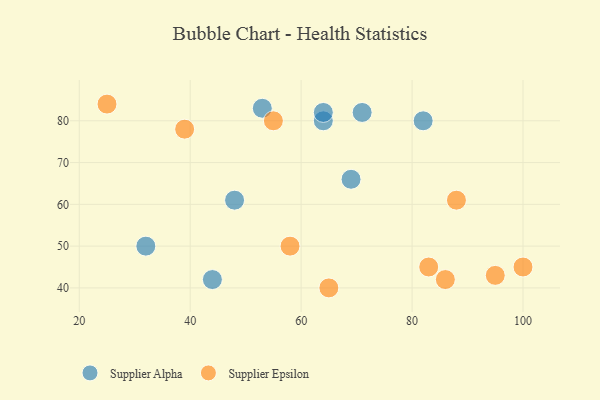
{"axis": {"x": "GDP", "y": "Life Expectancy"}, "legend": ["Supplier Alpha", "Supplier Epsilon"], "data": [{"x": "69", "y": 66, "type": "Supplier Alpha"}, {"x": "71", "y": 82, "type": "Supplier Alpha"}, {"x": "44", "y": 42, "type": "Supplier Alpha"}, {"x": "53", "y": 83, "type": "Supplier Alpha"}, {"x": "32", "y": 50, "type": "Supplier Alpha"}, {"x": "82", "y": 80, "type": "Supplier Alpha"}, {"x": "48", "y": 61, "type": "Supplier Alpha"}, {"x": "64", "y": 80, "type": "Supplier Alpha"}, {"x": "64", "y": 82, "type": "Supplier Alpha"}, {"x": "65", "y": 40, "type": "Supplier Epsilon"}, {"x": "86", "y": 42, "type": "Supplier Epsilon"}, {"x": "39", "y": 78, "type": "Supplier Epsilon"}, {"x": "55", "y": 80, "type": "Supplier Epsilon"}, {"x": "95", "y": 43, "type": "Supplier Epsilon"}, {"x": "83", "y": 45, "type": "Supplier Epsilon"}, {"x": "25", "y": 84, "type": "Supplier Epsilon"}, {"x": "100", "y": 45, "type": "Supplier Epsilon"}, {"x": "58", "y": 50, "type": "Supplier Epsilon"}, {"x": "88", "y": 61, "type": "Supplier Epsilon"}]}